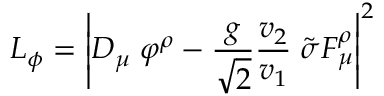
{ \cal L } _ { \phi } = \left| D _ { \mu } \; \varphi ^ { \rho } - \frac { g } { \sqrt { 2 } } \frac { v _ { 2 } } { v _ { 1 } } \; \tilde { \sigma } F _ { \mu } ^ { \rho } \right| ^ { 2 }